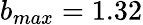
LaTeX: b_{max}=1.32